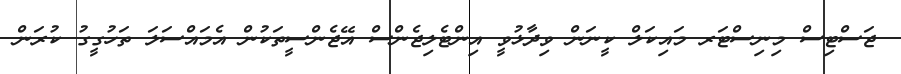
ޖަސްޓިސް މިނިސްޓަރ މައިކަލް ކީނަން ވިދާޅުވީ އިންޓެލިޖެންސް އޭޖެންސީތަކުން އެމައްސަލަ ތަހުގީގު ކުރަން